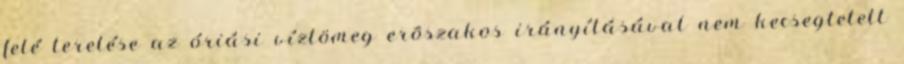
felé terelése az óriási víztömeg erõszakos irányításával nem kecsegtetett